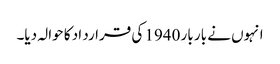
انہوں نے بار بار 1940 کی قرارد اد کا حوالہ دیا۔